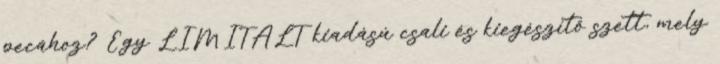
pecához? Egy LIMITÁLT kiadású csali és kiegészítő szett, mely